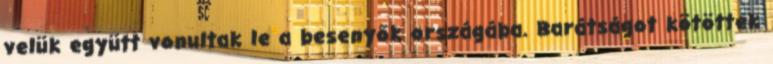
velük együtt vonultak le a besenyők országába. Barátságot kötöttek